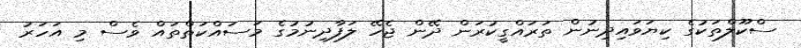
ސްކޫލްތަކުގެ ކިޔަވައިދިނުން ތަރައްގީކުރަން ދޭން ޖެހޭ ލަފާދިނުމުގެ މަސައްކަތްތައް ވެސް މި އަހަރު